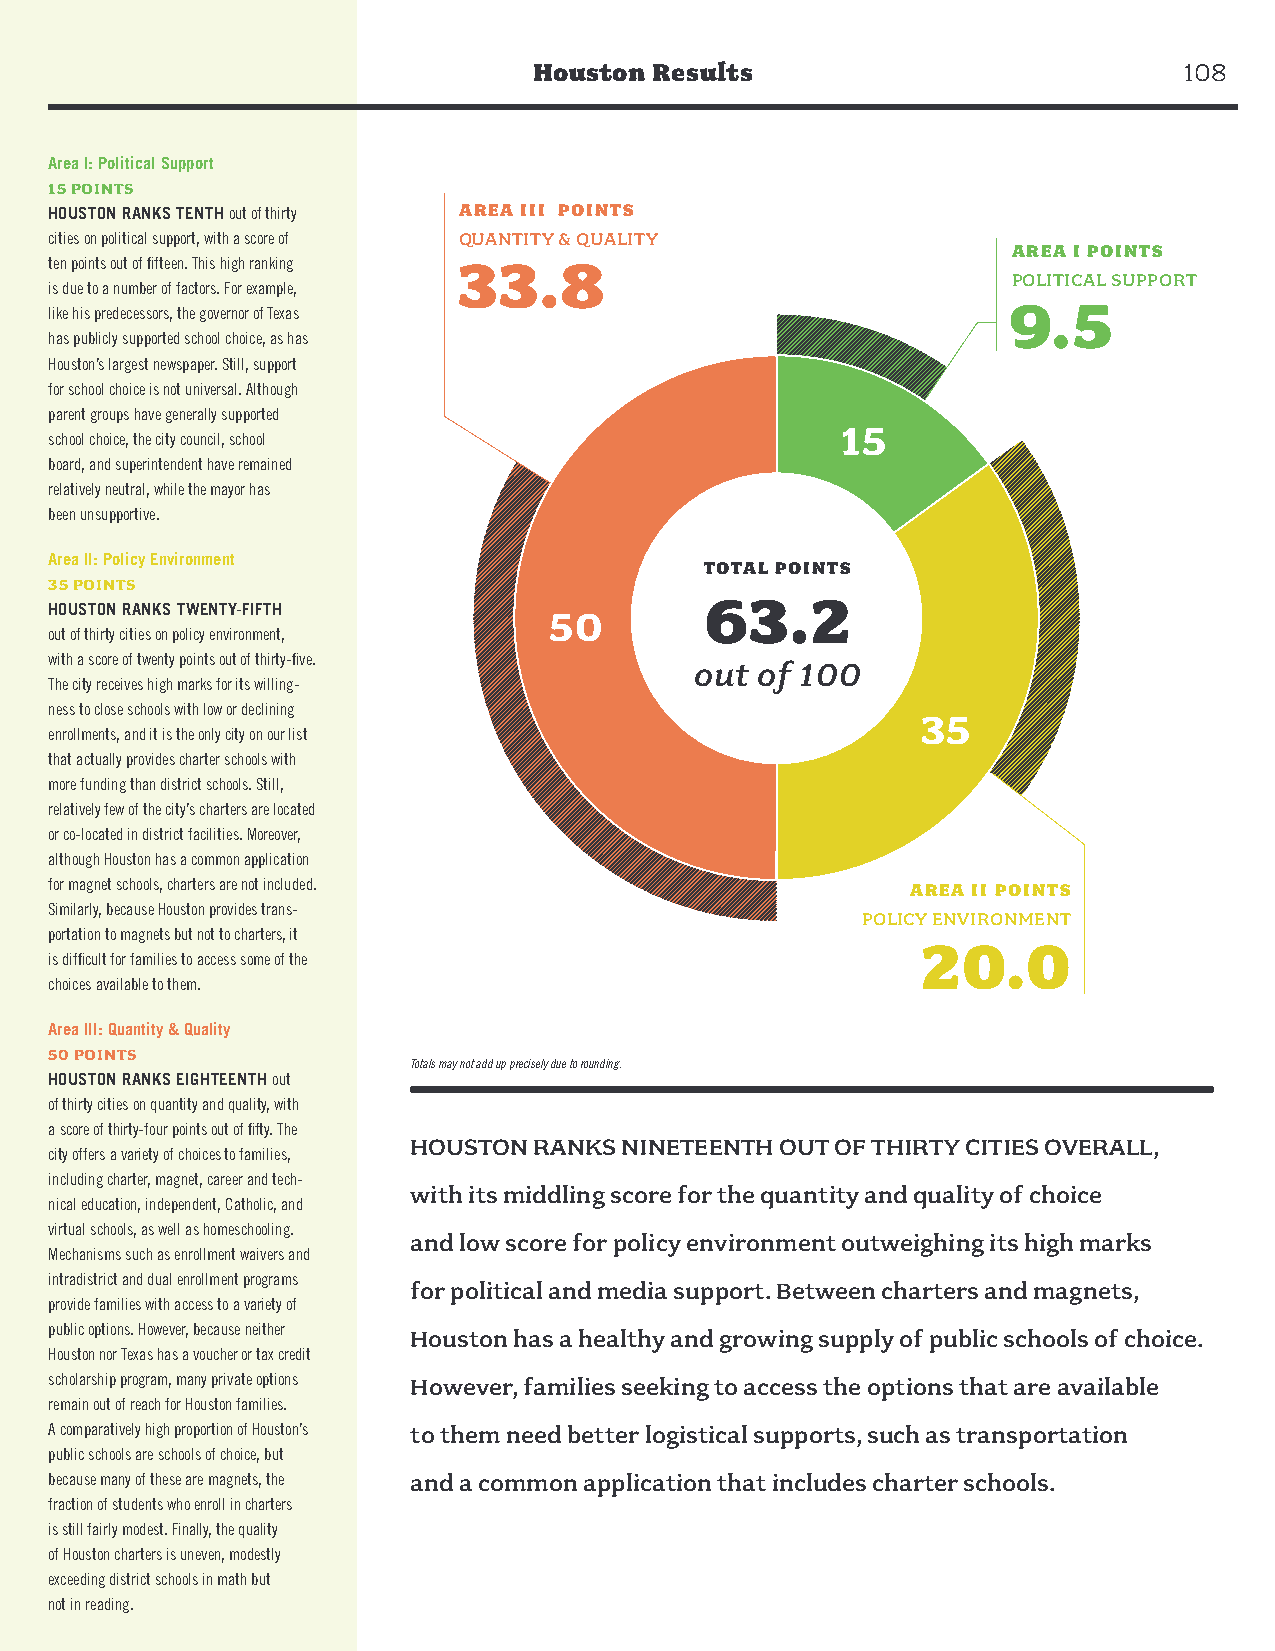
Houston Results                            108
 Area I: Political Support
 15 POINTS
 HOUSTON RANKS TENTH out of thirty AREA III POINTS
 cities on political support, with a score of QUANTITY & QUALITY
 AREA I POINTS
 ten points out of fifteen. This high ranking 33.8
 POLITICAL SUPPORT
 is due to a number of factors. For example,
 9.5
 like his predecessors, the governor of Texas
 has publicly supported school choice, as has
 Houston’s largest newspaper. Still, support
 for school choice is not universal. Although
 parent groups have generally supported
 15
 school choice, the city council, school
 board, and superintendent have remained
 relatively neutral, while the mayor has
 been unsupportive.
 Area II: Policy Environment
 TOTAL POINTS
 35 POINTS
 63.2
 HOUSTON RANKS TWENTY-FIFTH       50
 out of thirty cities on policy environment,
 with a score of twenty points out of thirty-five.
 out of 100
 The city receives high marks for its willing-
 ness to close schools with low or declining
 35
 enrollments, and it is the only city on our list
 that actually provides charter schools with
 more funding than district schools. Still,
 relatively few of the city’s charters are located
 or co-located in district facilities. Moreover,
 although Houston has a common application
 for magnet schools, charters are not included.           AREA II POINTS
 Similarly, because Houston provides trans-
 POLICY ENVIRONMENT
 portation to magnets but not to charters, it
 20.0
 is difficult for families to access some of the
 choices available to them.
 Area III: Quantity & Quality
 50 POINTS
 Totals may not add up precisely due to rounding.
 HOUSTON RANKS EIGHTEENTH out
 of thirty cities on quantity and quality, with
 a score of thirty-four points out of fifty. The
 HOUSTON RANKS NINETEENTH OUT OF THIRTY CITIES OVERALL,
 city offers a variety of choices to families,
 including charter, magnet, career and tech-
 with its middling score for the quantity and quality of choice
 nical education, independent, Catholic, and
 virtual schools, as well as homeschooling.
 and low score for policy environment outweighing its high marks
 Mechanisms such as enrollment waivers and
 intradistrict and dual enrollment programs
 for political and media support. Between charters and magnets,
 provide families with access to a variety of
 public options. However, because neither Houston has a healthy and growing supply of public schools of choice.
 Houston nor Texas has a voucher or tax credit
 scholarship program, many private options However, families seeking to access the options that are available
 remain out of reach for Houston families.
 A comparatively high proportion of Houston’s to them need better logistical supports, such as transportation
 public schools are schools of choice, but
 because many of these are magnets, the and a common application that includes charter schools.
 fraction of students who enroll in charters
 is still fairly modest. Finally, the quality
 of Houston charters is uneven, modestly
 exceeding district schools in math but
 not in reading.